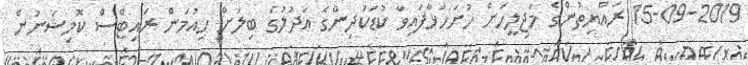
15-09-2019 ރައްޔިތުންގެ މަޖިލީހަށް ހުށަހަޅާފައިވާ ކުޑަކުދިންގެ އަދުލުގެ ބިލަށް ހިއުމަން ރައިޓްސް ކޮމިޝަނުން